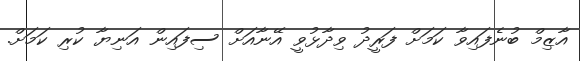
އާޒިމް ބުނެފައިވާ ކަމަށް ފަރީދު ވިދާޅުވީ އޭނާއަށް ސިފައިން އަނިޔާ ކުރި ކަމަށް.